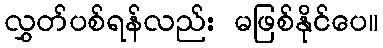
လွှတ်ပစ်ရန်လည်း မဖြစ်နိုင်ပေ။